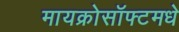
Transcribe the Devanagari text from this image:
मायक्रोसॉफ्टमधे